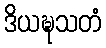
ဒိယဍ္ဎသတံ